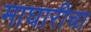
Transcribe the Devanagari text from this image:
माघारीचा